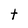
Character: t